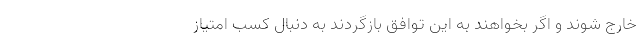
خارج شوند و اگر بخواهند به این توافق بازگردند به دنبال کسب امتیاز